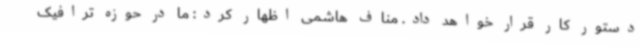
دستور کار قرار خواهد داد. مناف هاشمی اظهار کرد: ما در حوزه ترافیک